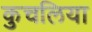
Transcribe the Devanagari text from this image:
कुचलिया